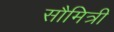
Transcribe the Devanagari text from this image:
सौमित्री